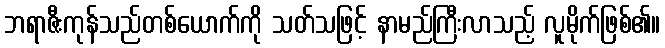
ဘရာဇီးကုန်သည်တစ်ယောက်ကို သတ်သဖြင့် နာမည်ကြီးလာသည့် လူမိုက်ဖြစ်၏။